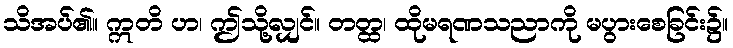
သိအပ်၏။ ဣတိ ဟ၊ ဤသို့လျှင်။ တတ္ထ၊ ထိုမရဏသညာကို မပွားစေခြင်း၌။